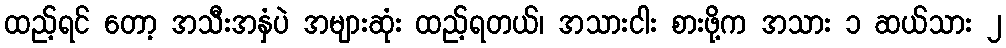
ထည့်ရင် တော့ အသီးအနှံပဲ အများဆုံး ထည့်ရတယ်၊ အသားငါး စားဖို့က အသား ၁ ဆယ်သား ၂